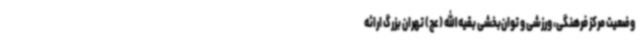
وضعیت مرکز فرهنگی، ورزشی و توان‌بخشی بقیه‌الله (عج) تهران بزرگ ارائه